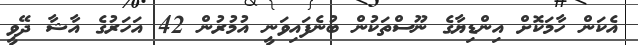
އެކަން ހާމަކޮށް އިންޑިޔާގެ ނޫސްތަކުން ބުނެފައިވަނީ އުމުރުން 42 އަހަރުގެ އާޝާ ދޭވީ